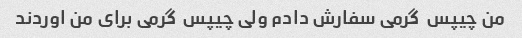
من چیپس  گرمی سفارش دادم ولی چیپس  گرمی برای من اوردند